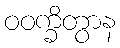
ဝဝက္ခိတွာန